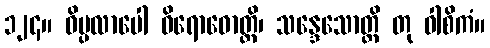
၁၂၄။ ဝိပ္ပလာပေါ ဝိရောဓောတ္တိ၊ သန္ဒေသောတ္တိ တု ဝါစိကံ။